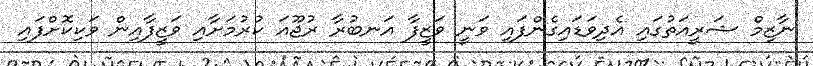
ނާޒިމް ޝަރީއަތުގައި އެދިވަޑައިގެންފައި ވަނީ ވަޒީފާ އަނބުރާ ރުޖޫއަ ކުރުމަށާއި ވަޒީފާއިން ވަކިކޮށްފައި